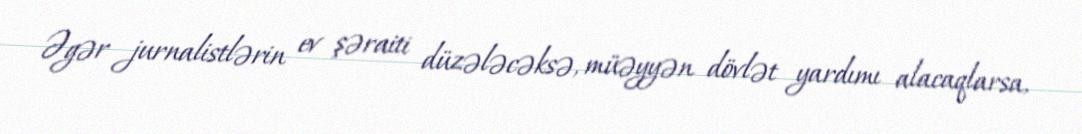
Əgər jurnalistlərin ev şəraiti düzələcəksə, müəyyən dövlət yardımı alacaqlarsa,